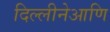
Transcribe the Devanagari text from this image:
दिल्लीनेआणि